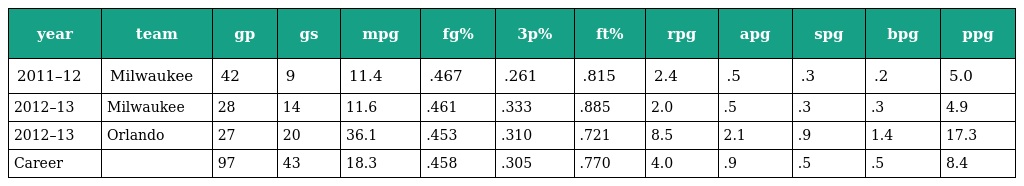
| year | team | gp | gs | mpg | fg% | 3p% | ft% | rpg | apg | spg | bpg | ppg |
 | --- | --- | --- | --- | --- | --- | --- | --- | --- | --- | --- | --- | --- |
 | 2011–12 | Milwaukee | 42 | 9 | 11.4 | .467 | .261 | .815 | 2.4 | .5 | .3 | .2 | 5.0 |
 | 2012–13 | Milwaukee | 28 | 14 | 11.6 | .461 | .333 | .885 | 2.0 | .5 | .3 | .3 | 4.9 |
 | 2012–13 | Orlando | 27 | 20 | 36.1 | .453 | .310 | .721 | 8.5 | 2.1 | .9 | 1.4 | 17.3 |
 | Career |  | 97 | 43 | 18.3 | .458 | .305 | .770 | 4.0 | .9 | .5 | .5 | 8.4 |